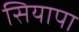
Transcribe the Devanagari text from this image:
सियापा